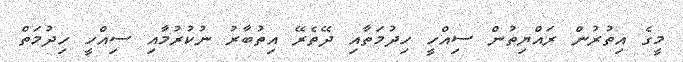
މީގެ އިތުރުން ރައްޔިތުން ސިއްހީ ހިދުމަތާއި ދޭތެރޭ އިތުބާރު ނުކުރުމާއި ސިއްހީ ހިދުމަތް